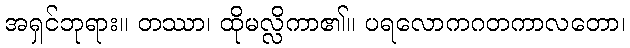
အရှင်ဘုရား။ တဿာ၊ ထိုမလ္လိကာ၏။ ပရလောကဂတကာလတော၊